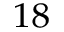
^ { 1 8 }